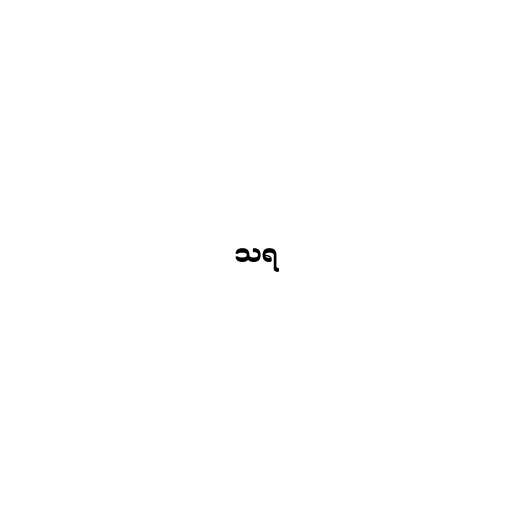
သရ